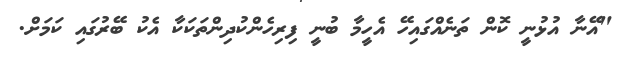
"އޭނާ އުޅުނީ ކޮން ތަނެއްގައިހޭ އެހީމާ ބުނީ ފިރިހެންކުދިންތަކަކާ އެކު ބޭރުގައި ކަމަށް.